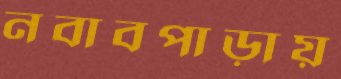
নবাবপাড়ায়